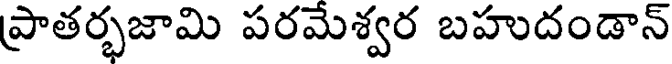
ప్రాతర్భజామి పరమేశ్వర బహుదండాన్